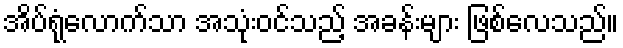
အိပ်ရုံလောက်သာ အသုံးဝင်သည့် အခန်းများ ဖြစ်လေသည်။